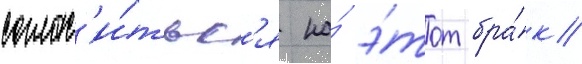
соглас'и́тьс'я на́ э́тот бра́к